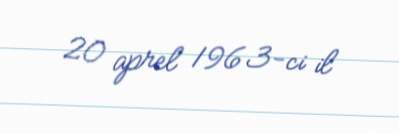
20 aprel 1963-ci il